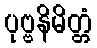
ပုဗ္ဗနိမိတ္တံ